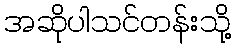
အဆိုပါသင်တန်းသို့